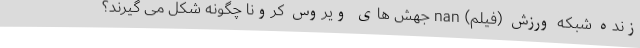
زنده شبکه ورزش (فیلم) nan جهش های ویروس کرونا چگونه شکل می گیرند؟